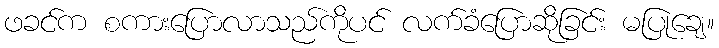
ဖခင်က စကားပြောလာသည်ကိုပင် လက်ခံပြောဆိုခြင်း မပြုချေ။